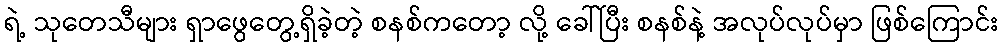
ရဲ့ သုတေသီများ ရှာဖွေတွေ့ရှိခဲ့တဲ့ စနစ်ကတော့ လို့ ခေါ်ပြီး စနစ်နဲ့ အလုပ်လုပ်မှာ ဖြစ်ကြောင်း